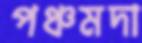
পঞ্চমদা